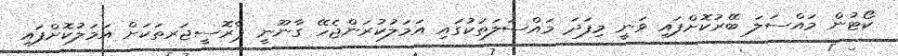
ކޯޓުން މައްސަލަ ބޭރުކޮށްފައި ވަނީ މިފަދަ މައްސަލަތަކުގައި އަމަލުކުރަންޖެހޭ ގާނޫނީ ޕްރޮސީޖަރތަކަށް އަމަލުކޮށްފައި